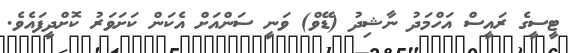
ޓީސީގެ ރައީސް އަހްމަދު ނާޝިދު (ޑޭވް) ވަނީ ސަންއަށް އެކަން ކަށަވަރު ކޮށްދީފައެވެ.